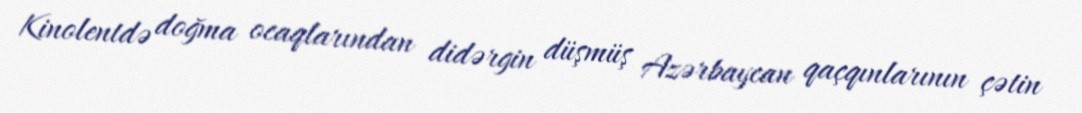
Kinolentdə doğma ocaqlarından didərgin düşmüş Azərbaycan qaçqınlarının çətin